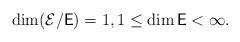
LaTeX: \begin{align*}\dim(\mathcal E/\mathsf E)=1,1\le \dim\mathsf E<\infty.\end{align*}